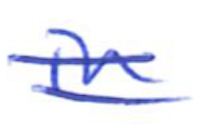
Text: in
Cross-out: double-line
Writing tool: ballpoint